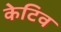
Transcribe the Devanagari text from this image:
केटिव